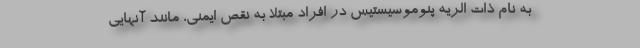
به نام ذات الریه پنوموسیستیس در افراد مبتلا به نقص ایمنی، مانند آنهایی